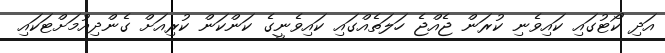
އަދި ކޯޓުގައި ކައިވެނި ކުރަން ޖެއްޖެ ހަލަތެއްގައި ކައިވެނީގެ ކަންކަން ކުރިއަށް ގެންދިއުމަށްޓަކައި